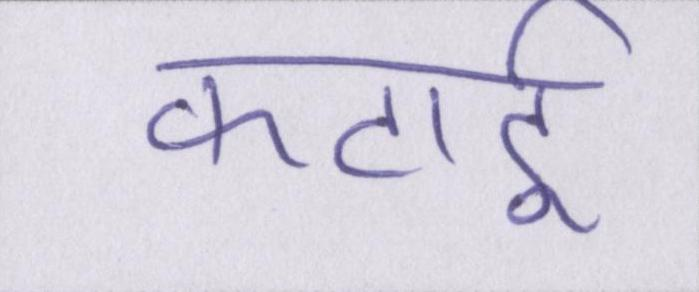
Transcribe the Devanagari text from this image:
कटाई